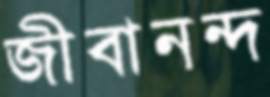
জীবানন্দ